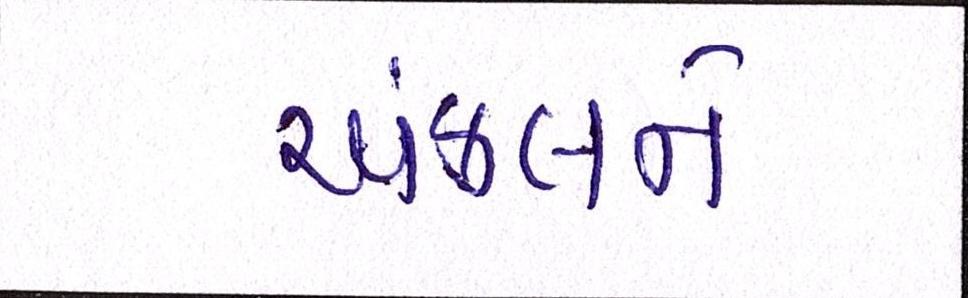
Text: અંકલને